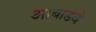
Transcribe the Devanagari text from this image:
आंबाडवे